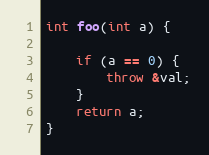
Language: C++
int foo(int a) {

    if (a == 0) {
        throw &val;
    }
    return a;
}